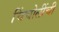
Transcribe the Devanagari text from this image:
चिंचोलींची